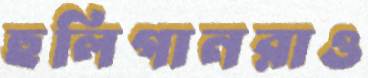
হুলিগানরাও